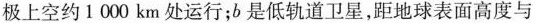
极上空约1000km处运行；b是低轨道卫星，距地球表面高度与